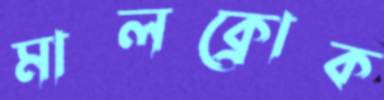
মালক্রোক